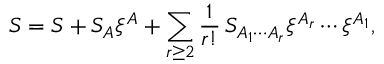
{ \cal S } = S + S _ { A } \xi ^ { A } + \sum _ { r \geq 2 } \frac 1 { r ! } \, S _ { A _ { 1 } \cdots A _ { r } } \xi ^ { A _ { r } } \cdots \xi ^ { A _ { 1 } } ,